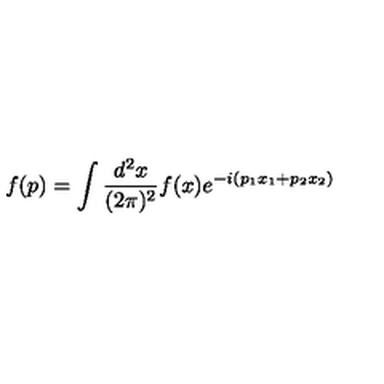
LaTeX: f ( p ) = \int \frac { d ^ { 2 } x } { ( 2 \pi ) ^ { 2 } } f ( x ) e ^ { - i ( p _ { 1 } x _ { 1 } + p _ { 2 } x _ { 2 } ) }